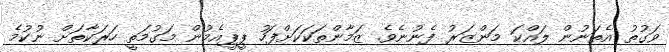
ވަގުތު އެތަނުން ލައްކަ މަންޒަރު ފެނުނެވެ. ޒަމާންތަކަކަށްފަހު ޕީޕީއެމުން މަގުމަތީ ހަރަކާތަށް ނުކުމެ